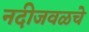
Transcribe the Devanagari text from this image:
नदीजवळचे